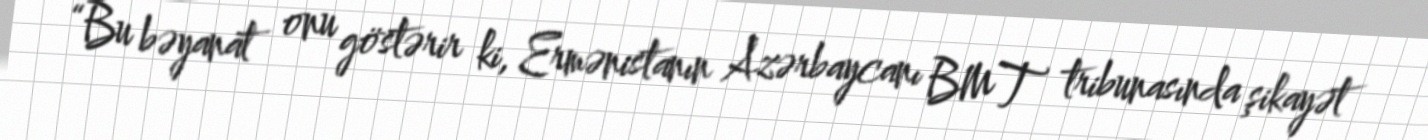
“Bu bəyanat onu göstərir ki, Ermənistanın Azərbaycanı BMT tribunasında şikayət